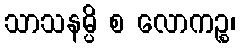
သာသနမ္ပိ စ လောကဉ္စ၊